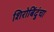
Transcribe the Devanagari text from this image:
शिरोबिंदुंचा